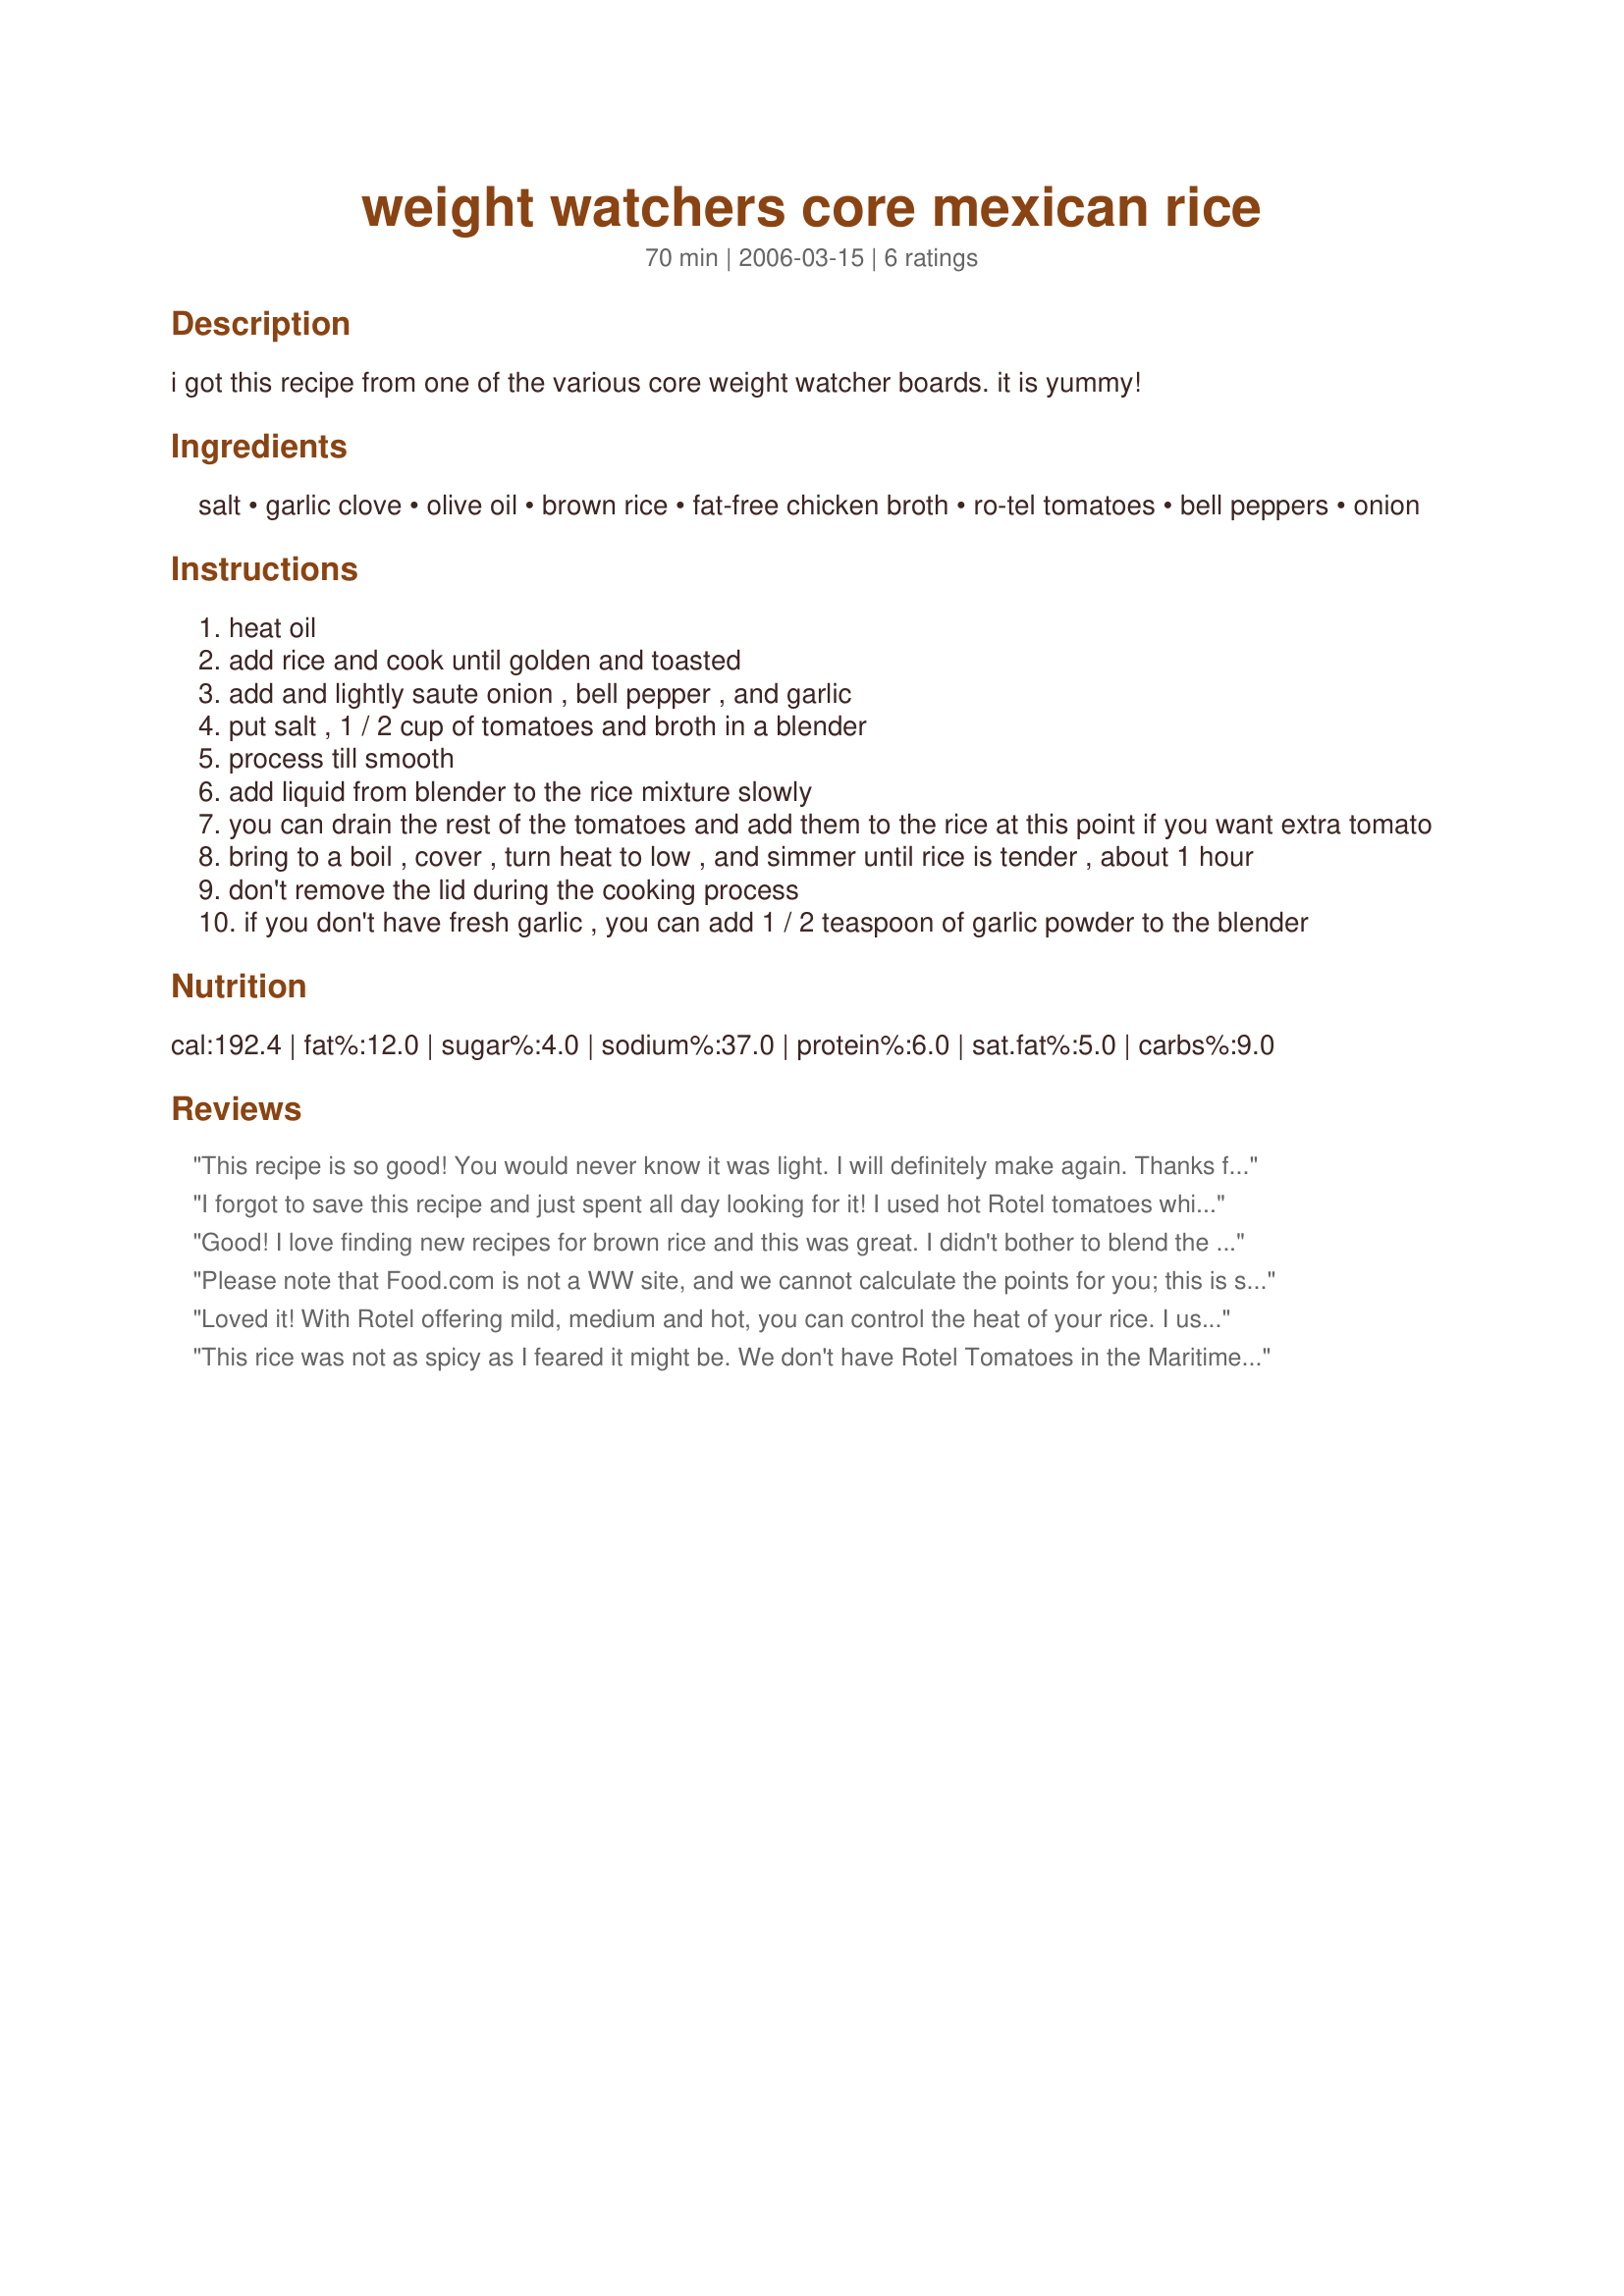
weight watchers core mexican rice
Preparation time: 70 minutes

i got this recipe from one of the various core weight watcher boards. it is yummy!

Ingredients:
salt, garlic clove, olive oil, brown rice, fat-free chicken broth, ro-tel tomatoes, bell peppers, onion

Steps:
heat oil
add rice and cook until golden and toasted
add and lightly saute onion , bell pepper , and garlic
put salt , 1 / 2 cup of tomatoes and broth in a blender
process till smooth
add liquid from blender to the rice mixture slowly
you can drain the rest of the tomatoes and add them to the rice at this point if you want extra tomato
bring to a boil , cover , turn heat to low , and simmer until rice is tender , about 1 hour
don't remove the lid during the cooking process
if you don't have fresh garlic , you can add 1 / 2 teaspoon of garlic powder to the blender

Reviews:
This recipe is so good! You would never know it was light. I will definitely make again. Thanks for posting!
I forgot to save this recipe and just spent all day looking for it! I used hot Rotel tomatoes which added to the spice. I am going to add some black beans to it this week with some enchilada's. Great Recipe! Thanks!
Good! I love finding new recipes for brown rice and this was great. I didn't bother to blend the Rotel which left it a little chunky but still good. Thanks for sharing the recipe!
Please note that Food.com is not a WW site, and we cannot calculate the points for you; this is something you need to do with the tools that WW provided for you. WW also changes their point system every couple of years, so you&#039;ll need to use the current tools.
Loved it! With Rotel offering mild, medium and hot, you can control the heat of your rice. I used my hand immersion blender making it quick and easy. We really, really liked it. Thanks for posting.
This rice was not as spicy as I feared it might be. We don't have Rotel Tomatoes in the Maritimes, so I just bought regular tomatoes and added some canned jalapeno peppers to it. My 4 year old son liked it too, even the peppers which he usually hates! 
We will definately make this again.
